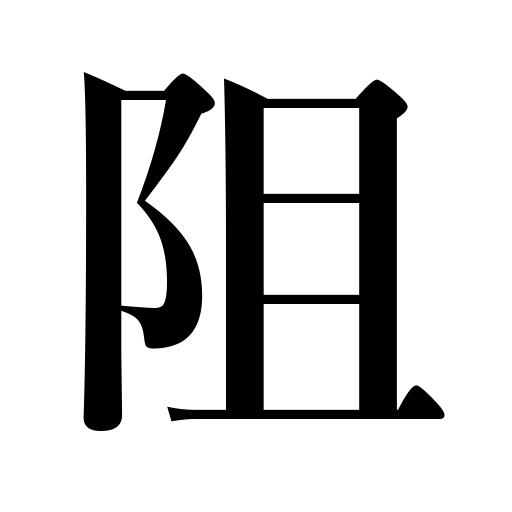
Meanings: hinder,stop,obstruct,resist,thwart,prevent,impede,deter,frustrate,separate from